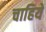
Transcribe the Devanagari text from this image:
चाहियेँ